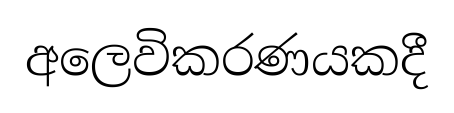
අලෙවිකරණයකදී